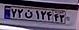
۷۲ن۱۲۴۴۳